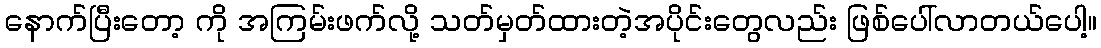
နောက်ပြီးတော့ ကို အကြမ်းဖက်လို့ သတ်မှတ်ထားတဲ့အပိုင်းတွေလည်း ဖြစ်ပေါ်လာတယ်ပေါ့။